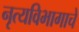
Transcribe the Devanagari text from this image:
नृत्यविभागाचे